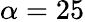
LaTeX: \alpha=25